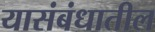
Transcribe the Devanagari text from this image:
यासंबंधातील